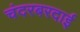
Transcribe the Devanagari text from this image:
चंदरबरदाई